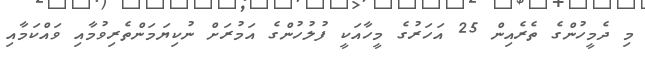
މި ދެމީހުންގެ ތެރެއިން 25 އަހަރުގެ މީހާއަކީ ފުލުހުންގެ އަމުރަށް ނުކިޔަމަންތެރިވުމާއި ވައްކަމާއި